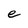
Character: e